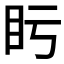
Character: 𥃳